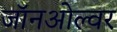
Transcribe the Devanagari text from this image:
जॉनओल्वर